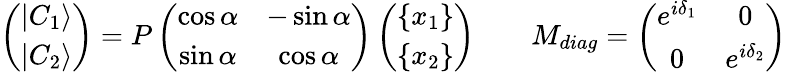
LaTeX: \left(\begin{array}{c}{{\left|C_{1}\right\rangle}}\\ {{\left|C_{2}\right\rangle}}\end{array}\right)=P\left(\begin{array}{cc}{{\cos\alpha}}&{{-\sin\alpha}}\\ {{\sin\alpha}}&{{\cos\alpha}}\end{array}\right)\left(\begin{array}{c}{{\left\{ x_{1}\right\} }}\\ {{\left\{ x_{2}\right\} }}\end{array}\right)\qquad M_{diag}=\left(\begin{array}{cc}{{e^{i\delta_{1}}}}&{{0}}\\ {{0}}&{{e^{i\delta_{2}}}}\end{array}\right)